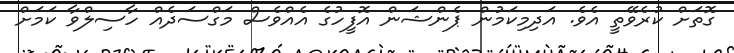
ގޮތަށް ކުރެވޭތީ އެވެ. އަދިމިކަމުން ޕެންޝަން އޮފީހުގެ އެއްވެސް މަގްސަދެއް ހާސިލްވާ ކަމަށް